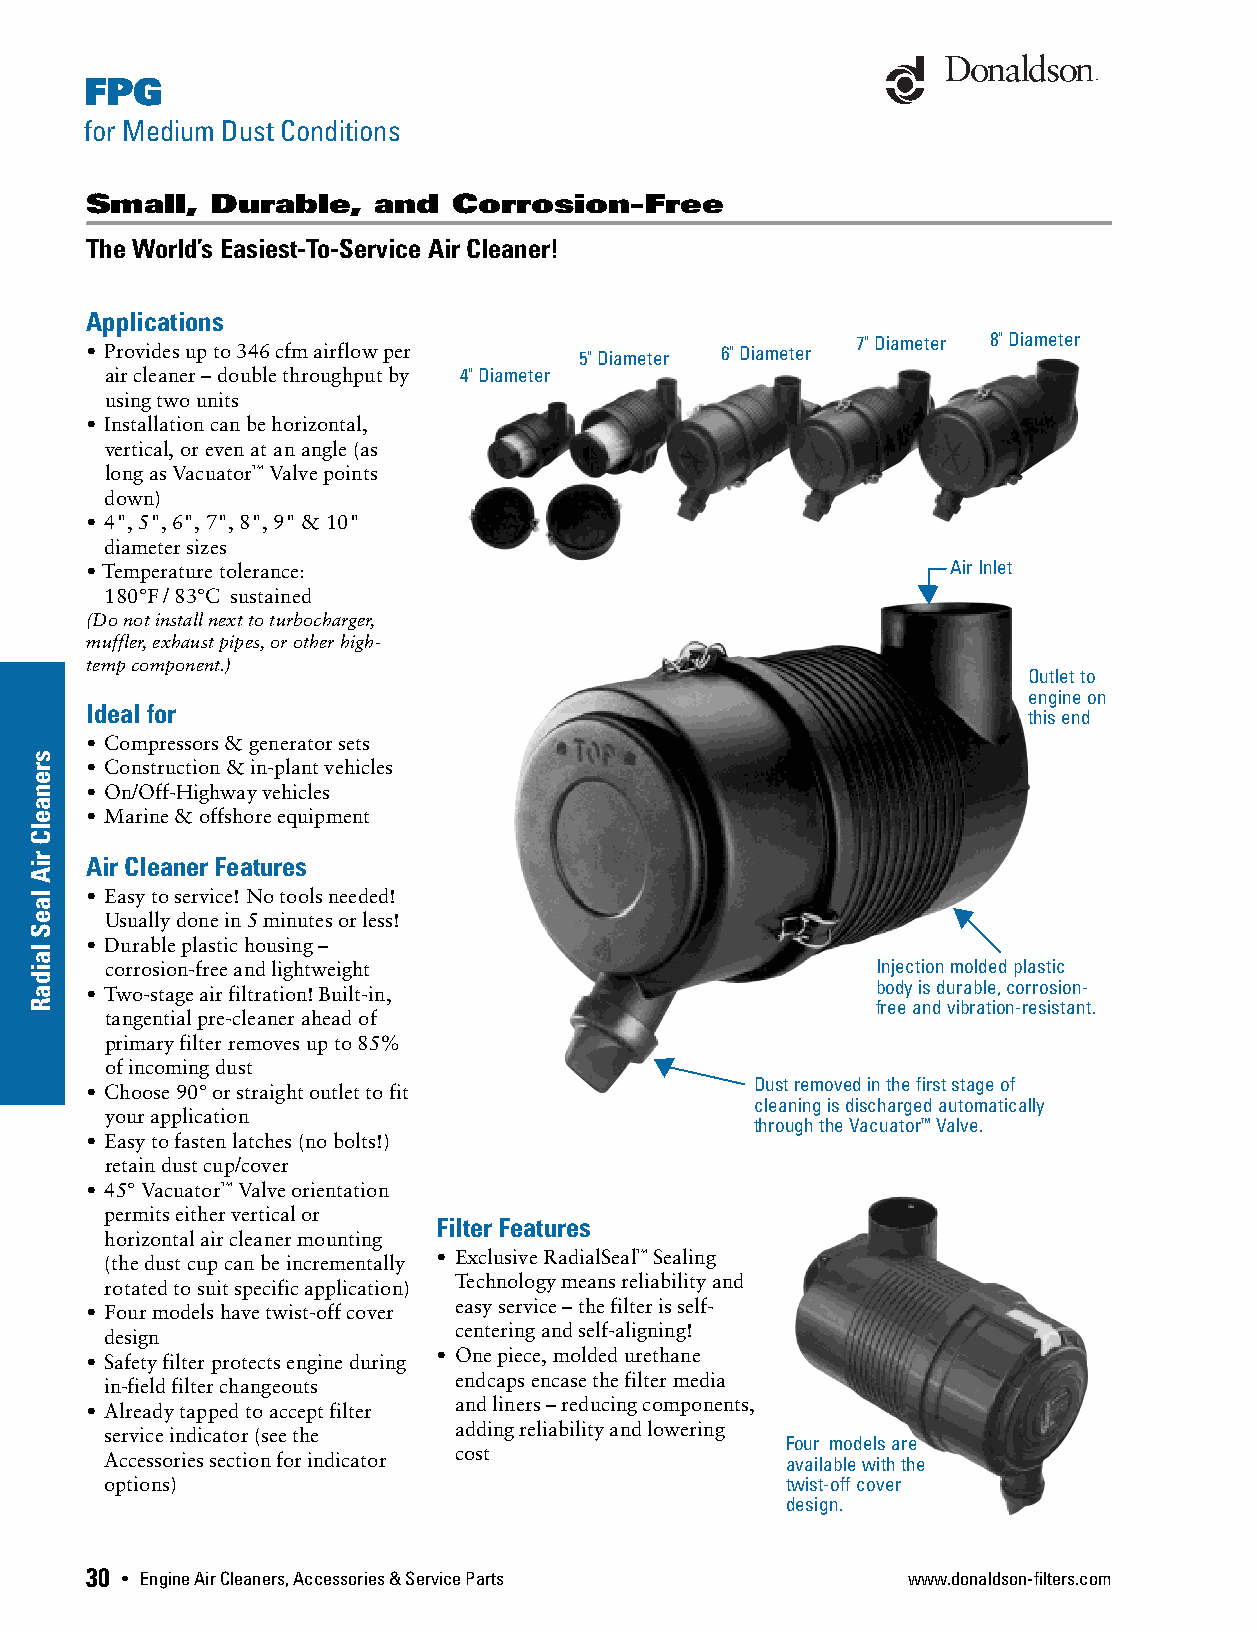
FPG
 for Medium Dust Conditions
 Small,  Durable,   and  Corrosion-Free
 The World’s Easiest-To-Service Air Cleaner!
 Applications
 7" Diameter 8" Diameter
 • Provides up to 346 cfm airflow per 5" Diameter 6" Diameter
 air cleaner – double throughput by 4" Diameter
 using two units
 • Installation can be horizontal,
 vertical, or even at an angle (as
 long as Vacuator™ Valve points
 down)
 • 4", 5", 6", 7", 8", 9" & 10"
 diameter sizes
 • Temperature tolerance:                                 Air Inlet
 180°F / 83°C sustained
 (Do not install next to turbocharger,
 muffler, exhaust pipes, or other high-
 temp component.)
 Outlet to
 engine on
 Ideal for
 this end
 • Compressors & generator sets
 • Construction & in-plant vehicles
 • On/Off-Highway vehicles
 • Marine & offshore equipment
 Air Cleaner Features
 • Easy to service! No tools needed!
 Usually done in 5 minutes or less!
 • Durable plastic housing –
 corrosion-free and lightweight                     Injection molded plastic
 body is durable, corrosion-
 • Two-stage air filtration! Built-in,
 free and vibration-resistant.
 tangential pre-cleaner ahead of
 primary filter removes up to 85%
 of incoming dust
 Dust removed in the first stage of
 • Choose 90° or straight outlet to fit
 cleaning is discharged automatically
 your application
 through the Vacuator™ Valve.
 • Easy to fasten latches (no bolts!)
 retain dust cup/cover
 • 45° Vacuator™ Valve orientation
 permits either vertical or
 Filter Features
 horizontal air cleaner mounting
 • Exclusive RadialSeal™ Sealing
 (the dust cup can be incrementally
 Technology means reliability and
 rotated to suit specific application)
 easy service – the filter is self-
 • Four models have twist-off cover
 centering and self-aligning!
 design
 • One piece, molded urethane
 • Safety filter protects engine during
 endcaps encase the filter media
 in-field filter changeouts
 and liners – reducing components,
 • Already tapped to accept filter
 adding reliability and lowering
 service indicator (see the
 Four models are
 cost
 Accessories section for indicator            available with the
 options)                                     twist-off cover
 design.
 30 • Engine Air Cleaners, Accessories & Service Parts www.donaldson-filters.com
 srenaelC
 riA
 laeS
 laidaR